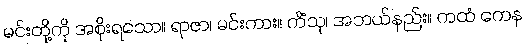
မင်းတို့ကို အစိုးရသော။ ရာဇာ၊ မင်းကား။ ကိံသု၊ အဘယ်နည်း။ ကထံ ကေန